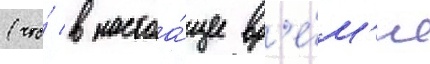
(что́ в настоа́щее вр'е́м'я